Vaccination in Bombay 1863-1868 - 1863-1868
Year: 1863
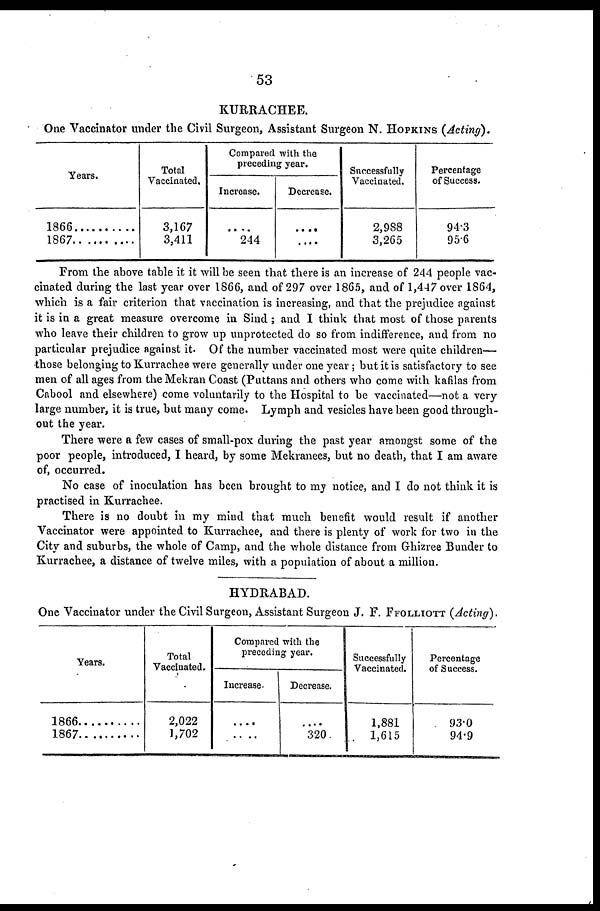
53
KURRACHEE.
One Vaccinator under the Civil Surgeon, Assistant Surgeon N. HOPKINS (Acting).
Years.
1866 ..........
1867 ..........
Total
Vaccinated.
3,167
3,411
Compared with the
preceding year.
Increase.
....
244
Decrease.
....
....
Successfully
Vaccinated.
2,988
3,265
Percentage
of Success.
94.3
95.6
From the above table it it will be seen that there is an increase of 244 people vac-
cinated during the last year over 1866, and of 297 over 1865, and of 1,447 over 1864,
which is a fair criterion that vaccination is increasing, and that the prejudice against
it is in a great measure overcome in Sind; and I think that most of those parents
who leave their children to grow up unprotected do so from indifference, and from no
particular prejudice against it. Of the number vaccinated most were quite children—
those belonging to Kurrachee were generally under one year ; but it is satisfactory to see
men of all ages from the Mekran Coast (Puttans and others who come with kafilas from
Cabool and elsewhere) come voluntarily to the Hospital to be vaccinated—not a very
large number, it is true, but many come. Lymph and vesicles have been good through-
out the year.
There were a few cases of small-pox during the past year amongst some of the
poor people, introduced, I heard, by some Mekranees, but no death, that I am aware
of, occurred.
No case of inoculation has been brought to my notice, and I do not think it is
practised in Kurrachee.
There is no doubt in my mind that much benefit would result if another
Vaccinator were appointed to Kurrachee, and there is plenty of work for two in the
City and suburbs, the whole of Camp, and the whole distance from Ghizree Bunder to
Kurrachee, a distance of twelve miles, with a population of about a million.
HYDRABAD.
One Vaccinator under the Civil Surgeon, Assistant Surgeon J. F. FFOLLIOTT (Acting).
Years.
1866 ...........
1867 ...........
Total
Vaccinated.
2,022
1,702
Compared with the
preceding year.
Increase-
....
....
Decrease.
....
320
Successfully
Vaccinated.
1,881
1,615
Percentage
of Success.
93.0
94.9